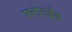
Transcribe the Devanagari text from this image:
फ्लोराईड